Eesti_Vabariigi_Tartu_Ulikool, lk 94
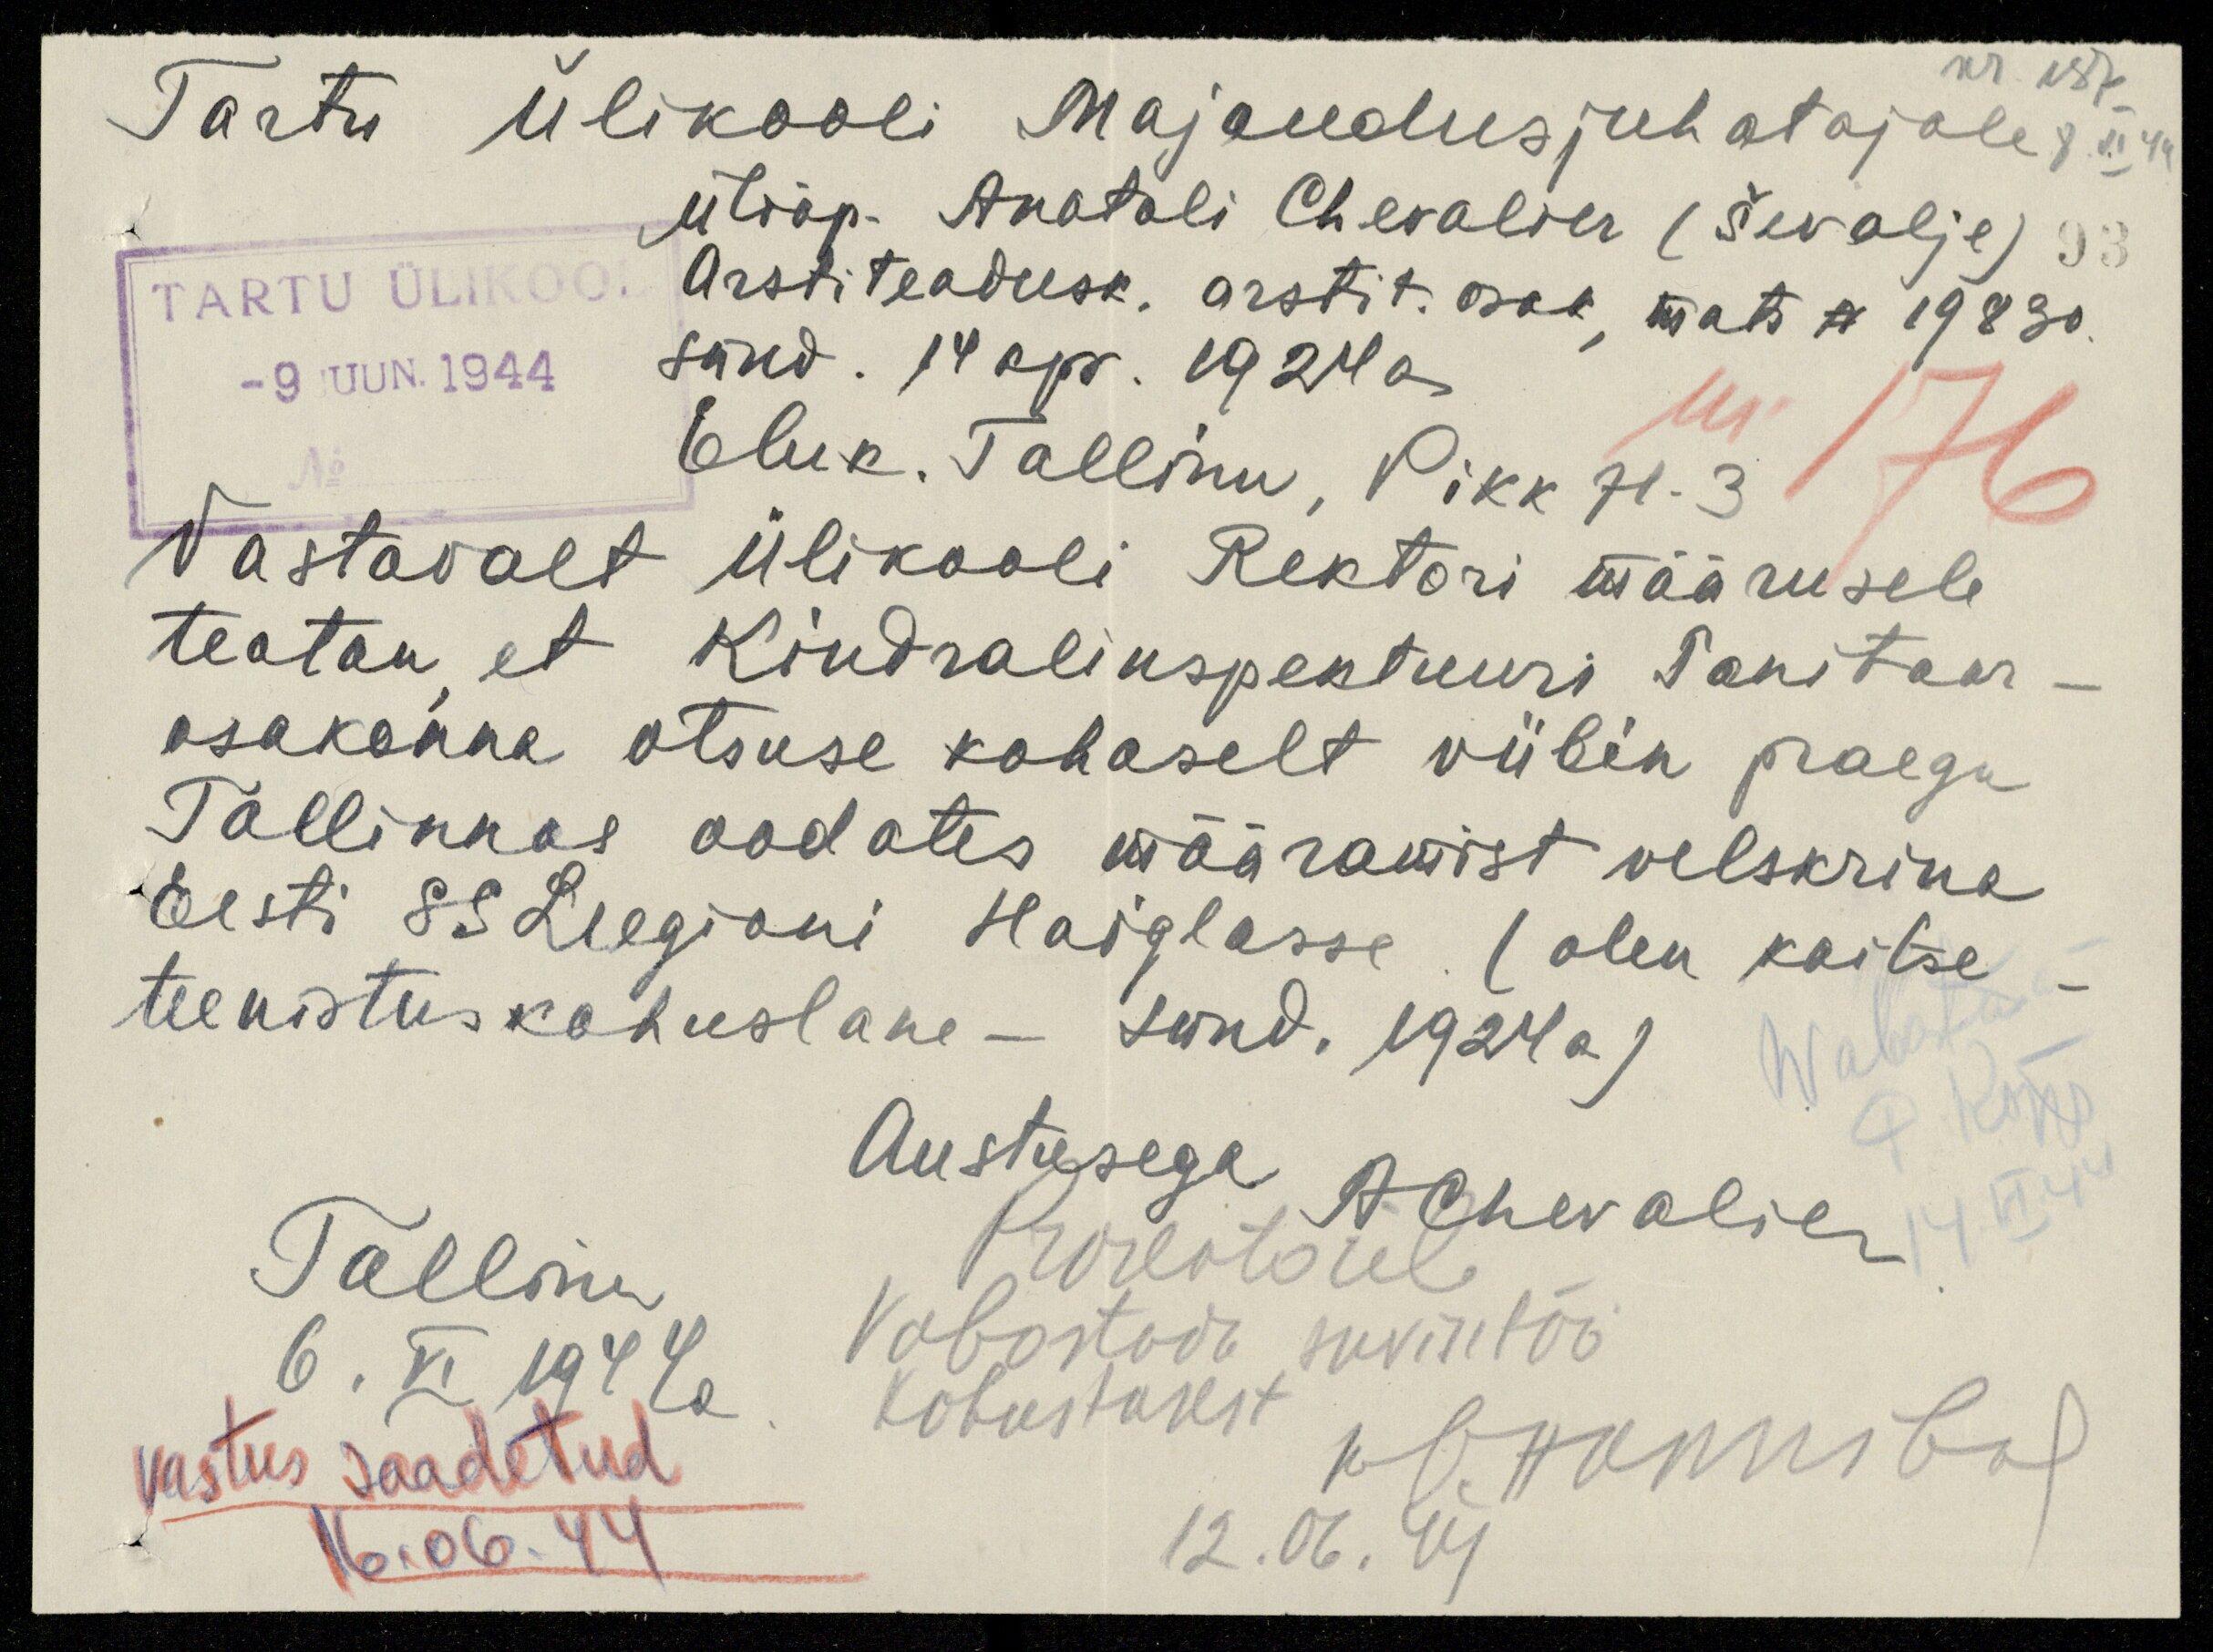
nr. 137
8. VI 44
93
TARTU ÜLIKOO
-9 JUUN. 1944
No
Tartu Ülikooli Majandusjuhatajale
üliõp. Anatoli Chevalier (Ševalje)
Arstiteadusk. arstit. osak, matr N 19830.
sünd. 14 apr. 1924 a
Eluk. Tallinn, Pikk 71-3
Nr 176
Vastavalt Ülikooli Rektori määrusele
teatan et Kindralinspektuuri Sanitaar-
osakonna otsuse kohaselt viibin praegu
Tallinnas oodates määramist velskrina
Eesti SS Leegioni Haiglasse (olen kaitse
teenistuskohuslane - sünd. 1924 a)
Wabastada
P. Kõpp
14. VI 44
Austusega A. Chevalier
Tallinn,
6. VI 1944a.
Prorektorile
Vabastada suvise töö
kohustusest
W. Нommberg
12.06. 44
Vastus saadetud
16.06.44